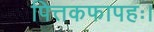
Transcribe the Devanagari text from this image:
पित्तकफापहः।